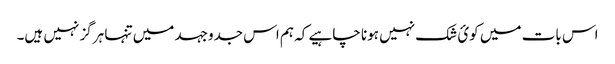
اس بات میں کوئ شک نہیں ہونا چاہیے کہ ہم اس جدوجہد میں تنہا ہرگز نہیں ہیں۔